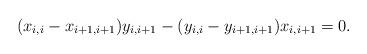
LaTeX: \begin{align*}(x_{i,i}-x_{i+1, i+1})y_{i, i+1}-(y_{i,i}-y_{i+1, i+1})x_{i, i+1}=0. \end{align*}